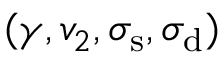
( \gamma , v _ { 2 } , \sigma _ { \mathrm { { s } } } , \sigma _ { \mathrm { { d } } } )